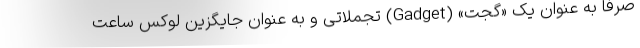
صرفا به عنوان یک «گجت» (Gadget) تجملاتی و به عنوان جایگزین لوکس ساعت